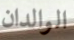
الوالدان